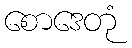
စောဒေတုံ